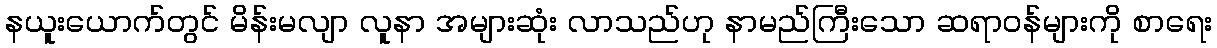
နယူးယောက်တွင် မိန်းမလျာ လူနာ အများဆုံး လာသည်ဟု နာမည်ကြီးသော ဆရာဝန်များကို စာရေး